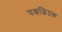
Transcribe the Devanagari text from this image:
पश्चछिद्रक